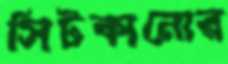
সিটকানোর